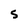
Character: S